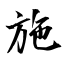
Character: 施